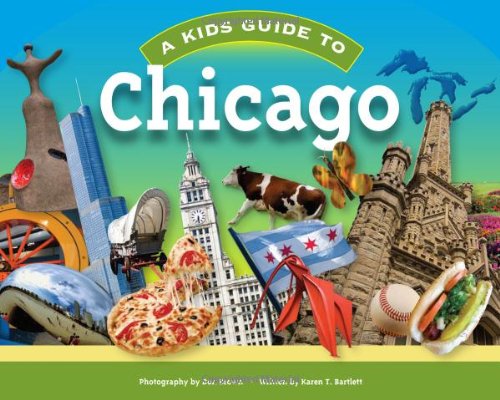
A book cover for A Kids Guide to Chicago; Karen T. Bartlett; Travel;